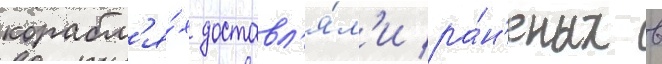
корабл'я́х доставл'я́л'и ра́н'еных в